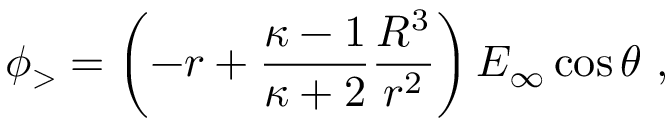
\phi _ { > } = \left( - r + { \frac { \kappa - 1 } { \kappa + 2 } } { \frac { R ^ { 3 } } { r ^ { 2 } } } \right) E _ { \infty } \cos \theta \ ,